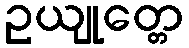
ဥယျုတ္တေ